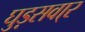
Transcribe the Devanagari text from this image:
घुड़सवा्र